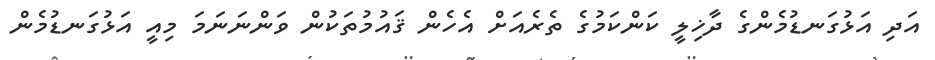
އަދި އަޅުގަނޑުމެންގެ ދާޚިލީ ކަންކަމުގެ ތެރެއަށް އެހެން ޤައުމުތަކުން ވަންނަނަމަ މިއީ އަޅުގަނޑުމެން